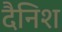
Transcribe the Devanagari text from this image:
दैनिश